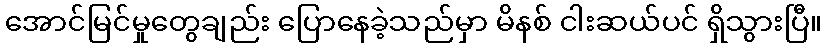
အောင်မြင်မှုတွေချည်း ပြောနေခဲ့သည်မှာ မိနစ် ငါးဆယ်ပင် ရှိသွားပြီ။